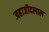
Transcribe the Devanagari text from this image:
जहाजीदलाल